Document type: Inventory
Year: 1295
Scribe: Pere Marc
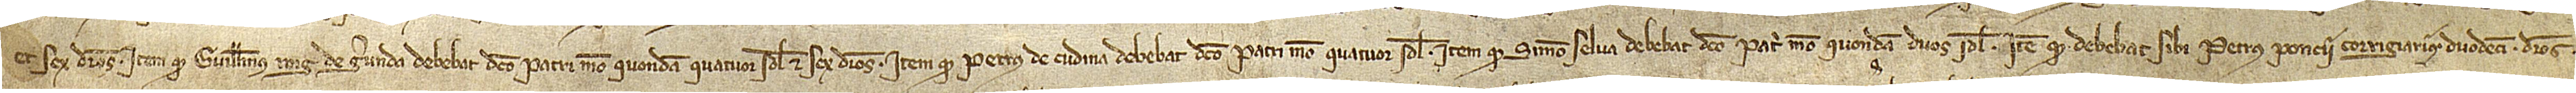
et sex denarios; item, quod Guillelmus Roig, de Gerunda, debebat dicto patri meo, quondam, quatuor solidos et sex denarios; item, quod Petrus de Cudina debebat dicto patri meo quatuor solidos; item, quod Simon Selva debebat dicto patri meo, quondam, duos solidos; item, quod debebat sibi Petrus Poncii, corrigiarius, duodecim denarios;